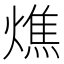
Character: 燋